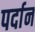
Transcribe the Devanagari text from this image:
पर्दान